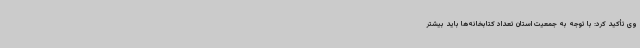
وی تأکید کرد: با توجه به جمعیت استان تعداد کتابخانه‌ها باید بیشتر